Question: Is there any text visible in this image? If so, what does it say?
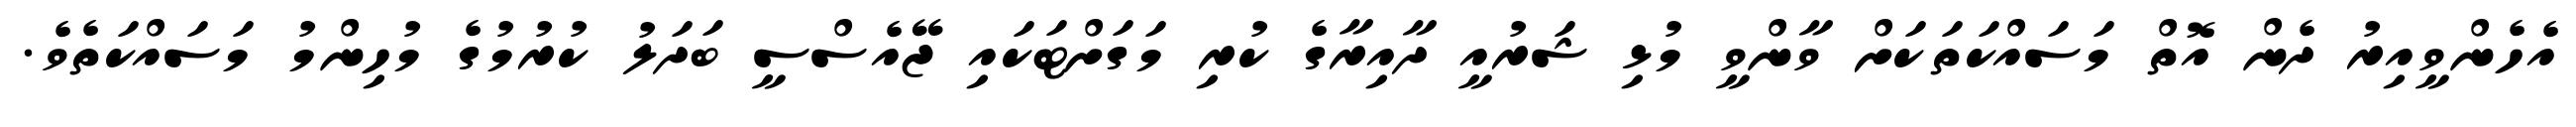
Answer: އެހެންވީއިރު ދެން އޮތް މަސައްކަތަކަށް ވާންވީ މުޅި ޝަރުއީ ދާއިރާގެ ކުރި މަގަށްޓަކައި ޖޭއެސްސީ ބަދަލު ކުރުމުގެ މުހިންމު މަސައްކަތެވެ.